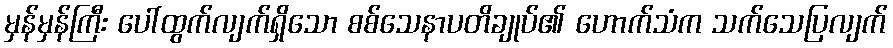
မှန်မှန်ကြီး ပေါ်ထွက်လျက်ရှိသော စစ်သေနာပတိချုပ်၏ ဟောက်သံက သက်သေပြလျက်